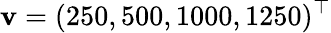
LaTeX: \mathbf{v}=(250,500,1000,1250)^{\top}